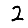
Digit: 2